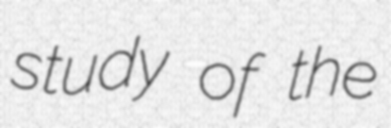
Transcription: study of the